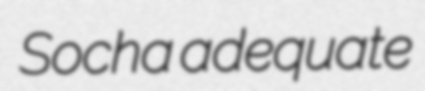
Socha adequate